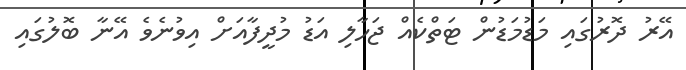
އޭރު ދޮރުގައި މަޑުމަޑުން ޓަތްކެއް ޖަހާލި އަޑު މުދީފާއަށް އިވުނެވެ އޭނާ ބޮލުގައި